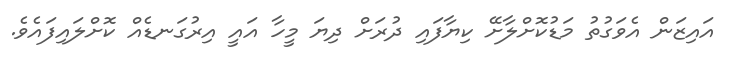
އައިޒަން އެވަގުތު މަޑުކޮށްލާށޭ ކިޔާފައި ދުރަށް ދިޔަ މީހާ އައީ އިރުގަނޑެއް ކޮށްލައިފައެވެ.